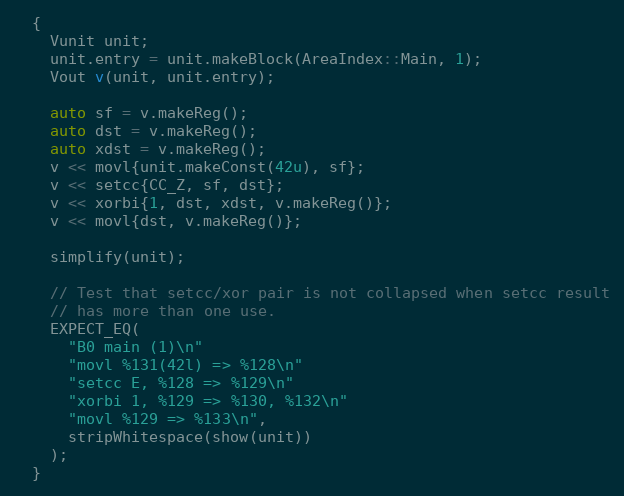
Language: C++
  {
    Vunit unit;
    unit.entry = unit.makeBlock(AreaIndex::Main, 1);
    Vout v(unit, unit.entry);

    auto sf = v.makeReg();
    auto dst = v.makeReg();
    auto xdst = v.makeReg();
    v << movl{unit.makeConst(42u), sf};
    v << setcc{CC_Z, sf, dst};
    v << xorbi{1, dst, xdst, v.makeReg()};
    v << movl{dst, v.makeReg()};

    simplify(unit);

    // Test that setcc/xor pair is not collapsed when setcc result
    // has more than one use.
    EXPECT_EQ(
      "B0 main (1)\n"
      "movl %131(42l) => %128\n"
      "setcc E, %128 => %129\n"
      "xorbi 1, %129 => %130, %132\n"
      "movl %129 => %133\n",
      stripWhitespace(show(unit))
    );
  }